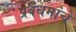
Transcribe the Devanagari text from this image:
प्रबंधमांचे